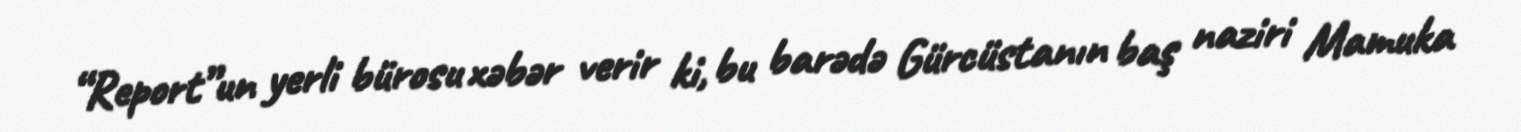
“Report”un yerli bürosu xəbər verir ki, bu barədə Gürcüstanın baş naziri Mamuka